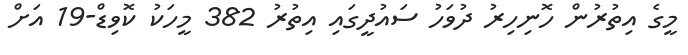
މީގެ އިތުރުން ހޮނިހިރު ދުވަހު ސައުދީގައި އިތުރު 382 މީހަކު ކޮވިޑް-19 އަށް